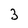
Character: 3